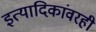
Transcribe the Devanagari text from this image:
इत्यादिकांवरही